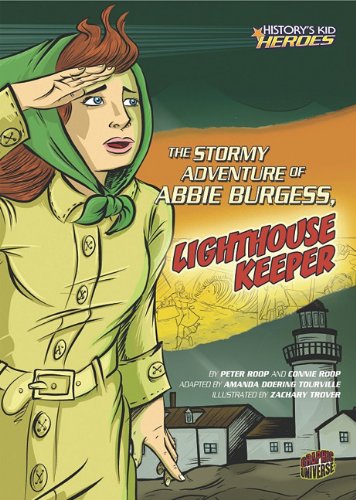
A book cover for The Stormy Adventure of Abbie Burgess, Lighthouse Keeper (History's Kid Heroes); Peter Roop; Children's Books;